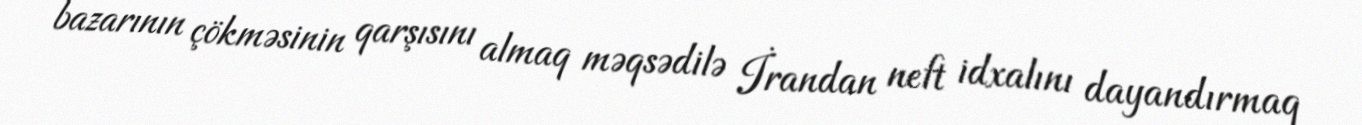
bazarının çökməsinin qarşısını almaq məqsədilə İrandan neft idxalını dayandırmaq